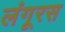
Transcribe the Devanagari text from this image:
लंगूरस